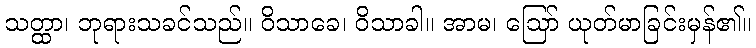
သတ္ထာ၊ ဘုရားသခင်သည်။ ဝိသာခေ၊ ဝိသာခါ။ အာမ၊ ဩော် ယုတ်မာခြင်းမှန်၏။